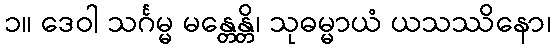
၁။ ဒေဝါ သင်္ဂမ္မ မန္တေန္တိ၊ သုဓမ္မာယံ ယသဿိနော၊